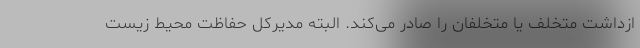
ازداشت متخلف یا متخلفان را صادر می‌کند. البته مدیرکل حفاظت محیط زیست